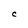
Character: C